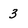
Character: 3